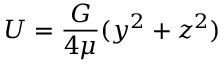
U = { \frac { G } { 4 \mu } } ( y ^ { 2 } + z ^ { 2 } )